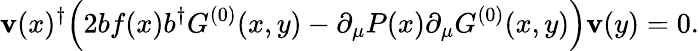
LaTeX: \mathbf{v}(x)^{\dagger}\Bigl(2bf(x)b^{\dagger}G^{(0)}(x,y)-\partial_{\mu}P(x)\partial_{\mu}G^{(0)}(x,y)\Bigr)\mathbf{v}(y)=0.